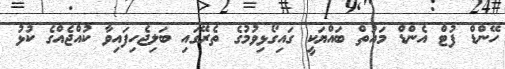
ހޭންޑް ފުޓް އެންޑް މައުތް ބައްޔަކީ ގައިގޯޅިވުމުގެ ތެރޭގައި ބަލިޖެހިފައިވާ ކުއްޖެއްގެ ކުޅު